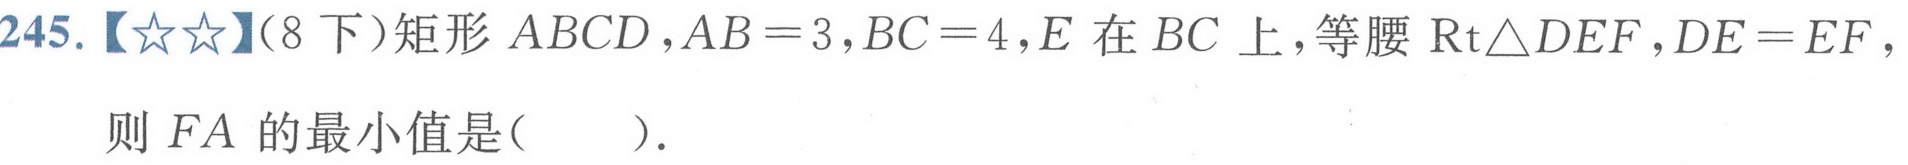
245.【☆☆】（8下）矩形 \(ABCD\)，\(AB = 3\)，\(BC = 4\)，\(E\) 在 \(BC\) 上，等腰 \(\mathrm{Rt}\triangle DEF\)，\(DE = EF\)，则 \(FA\) 的最小值是(  ).